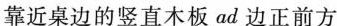
靠近桌边的竖直木板ad边正前方